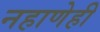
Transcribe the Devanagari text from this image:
नहाणेही